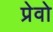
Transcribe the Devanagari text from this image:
प्रेवो